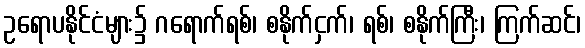
ဥရောပနိုင်ငံများ၌ ဂရောက်ရစ်၊ စနိုက်ငှက်၊ ရစ်၊ စနိုက်ကြီး၊ ကြက်ဆင်၊